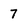
Character: 7